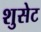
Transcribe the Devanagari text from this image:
शुसेट